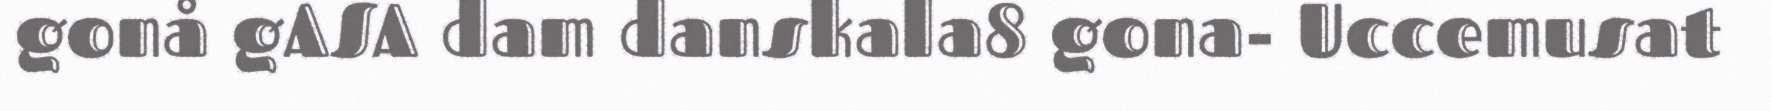
gonå gASA dam danskala8 gona- Uccemusat